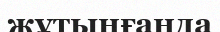
жұтынғанда